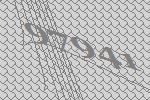
97941